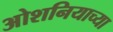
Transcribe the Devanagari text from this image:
ओशनियाच्या